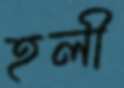
হলী